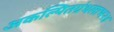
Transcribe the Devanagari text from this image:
अकल्पितग्रंथलाभ२४